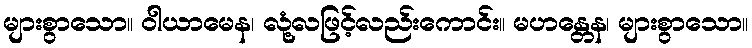
များစွာသော။ ဝါယာမေန၊ လုံ့လဖြင့်လည်းကောင်း။ မဟန္တေန၊ များစွာသော။